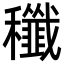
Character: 䆎